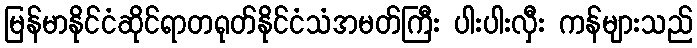
မြန်မာနိုင်ငံဆိုင်ရာတရုတ်နိုင်ငံသံအမတ်ကြီး ပါးပါးလှီး ကန်များသည်